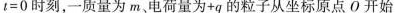
$$t = 0$$时刻，一质量为 m、电荷量为 + q 的粒子从坐标原点O开始